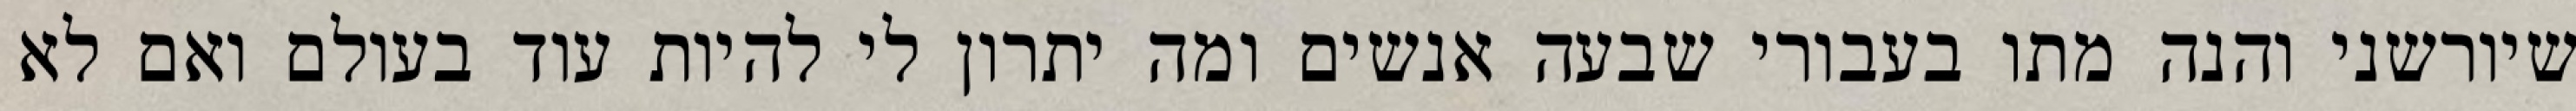
שיורשני והנה מתו בעבורי שבעה אנשים ומה יתרון לי להיות עוד בעולם ואם לא